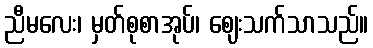
ညီမလေး၊ မှတ်စုစာအုပ်၊ ဈေးသက်သာသည်။